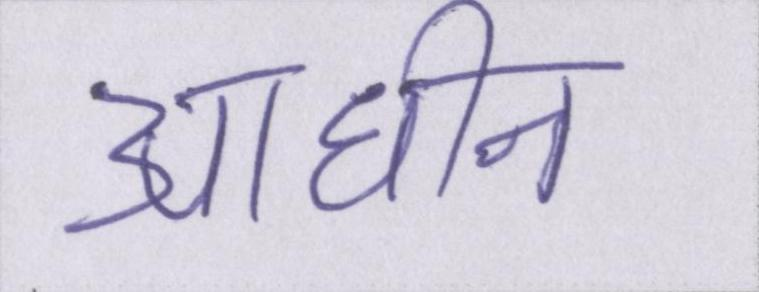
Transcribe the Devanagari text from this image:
आधीन